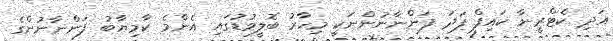
އަދި ކެޓްރީނާ ކައިފް ފަދަ ފަންނާނުންނަކީ މިހާރު ބޮލީވުޑުގައި އެންމެ ކާމިޔާބު ފަންނާނުންގެ